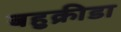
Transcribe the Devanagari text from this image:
बहुक्रीडा